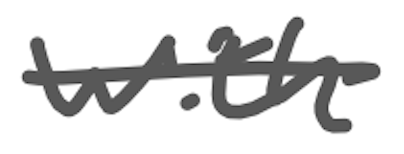
Text: with
Cross-out: single-line
Writing tool: digital_gray